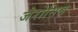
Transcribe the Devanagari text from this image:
जेरोसिस